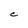
Character: C